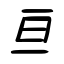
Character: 亘